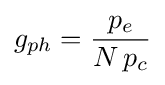
g_{ph}={\frac {p_{e}}{N\,p_{c}}}